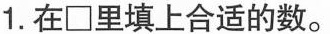
1.在{\Box } 里填上合适的数。